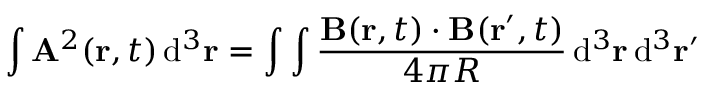
\int \mathbf { A } ^ { 2 } ( \mathbf { r } , t ) \operatorname { d } \! ^ { 3 } \mathbf { r } = \int \int { \frac { \mathbf { B } ( \mathbf { r } , t ) \cdot \mathbf { B } ( \mathbf { r } ^ { \prime } , t ) } { 4 \pi R } } \operatorname { d } \! ^ { 3 } \mathbf { r } \operatorname { d } \! ^ { 3 } \mathbf { r } ^ { \prime }